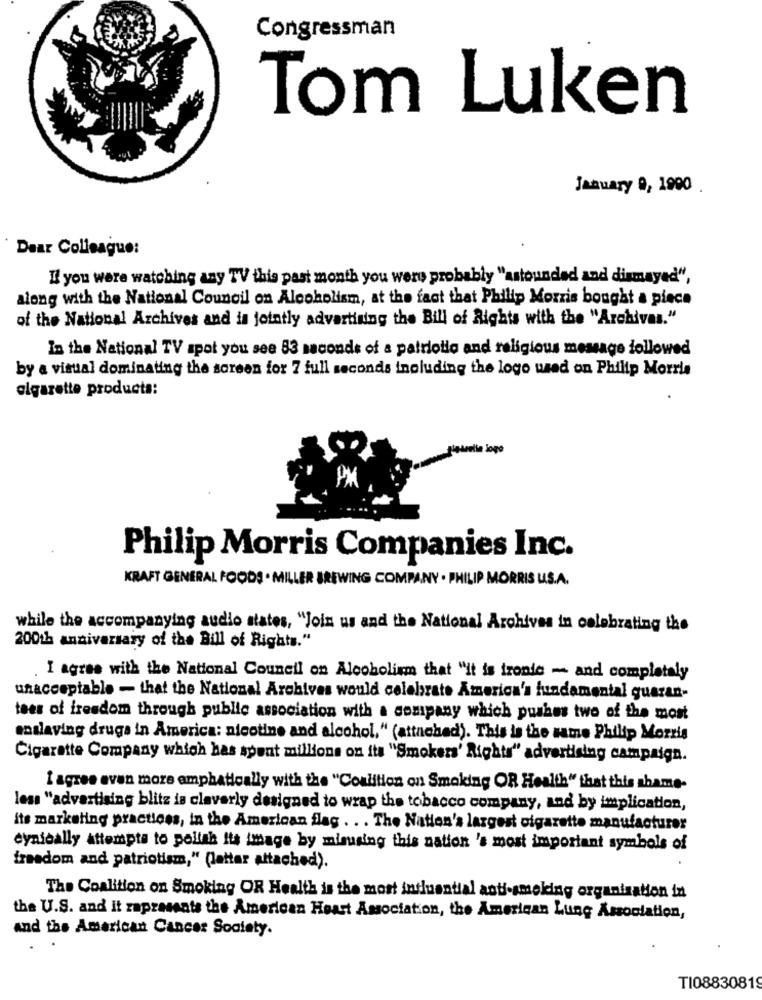
Congressman
Tom Luken
January 0, 1900 .
Dear Colleague:
If you were watching any TV this past month you were probably "astounded and dismayed",
along with the National Council on Alcoholism, at the fact that Philip Morris bought a piece
of the National Archives and is jointly advertising the Bill of Rights with the "Archivas."
In the National TV spot you see 53 seconds of a patriotlo and religious message followed
by a visual dominating the screen for 7 full seconds including the logo wed on Philip Morris
cigarette products:
Philip Morris Companies Inc.
KRAFT GENERAL FOODS . MILLER BREWING COMPANY . PHILIP MORRIS U.S.A.
while the accompanying audio states, "Join us and the National Archives in celebrating the
200th anniversary of the Bill of Rights."
I agree with the National Council on Alcoholism that "it is ironie - and completely
unacceptable - that the National Archives would celebrate America's fundamental guaran-
tees of freedom through public association with a company which pushes two of the most
enalaving druga in America: nicotine and alcohol." (attached). This is the same Philip Morris
Cigarette Company which has spent millions on its "Smokers' Rights" advertising campaign.
I agree even more emphatically with the "Coalition on Smoking OR Health" that this shame-
less "advertising blitz is cleverly designed to wrap the tobacco company, and by implication,
its marketing practices, in the American flag . . . The Nation's largest cigarette manufacturer
cynically attempts to pollah its image by misusing this nation 's most important symbols of
freedom and patriotism," (latter attached).
The Coalition on Smoking OR Health is the most influential anti-smoking organisation in
the U.S. and it zapresents the American Heart Association, the American Lung Association,
and the American Cancer Society.
TI08830819